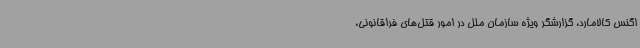
اگنس کالامارد، گزارشگر ویژه سازمان ملل در امور قتل‌های فراقانونی،